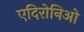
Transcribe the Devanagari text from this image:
एदिरोनिओ